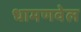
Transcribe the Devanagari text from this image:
धामणवेल